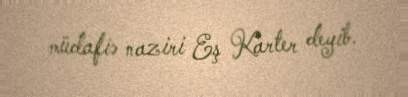
müdafiə naziri Eş Karter deyib.